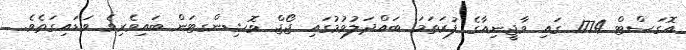
އޮގަސްޓް 1774 ގައި ވާޖީނިއާގެ ފުރަތަމަ ބައްދަލުވުމުގައި ޖޯޖް ވޮޝިންގޓަން ބައިވެރިވެ ވަޑައިގަތެވެ.